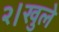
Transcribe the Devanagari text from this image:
२।खुले